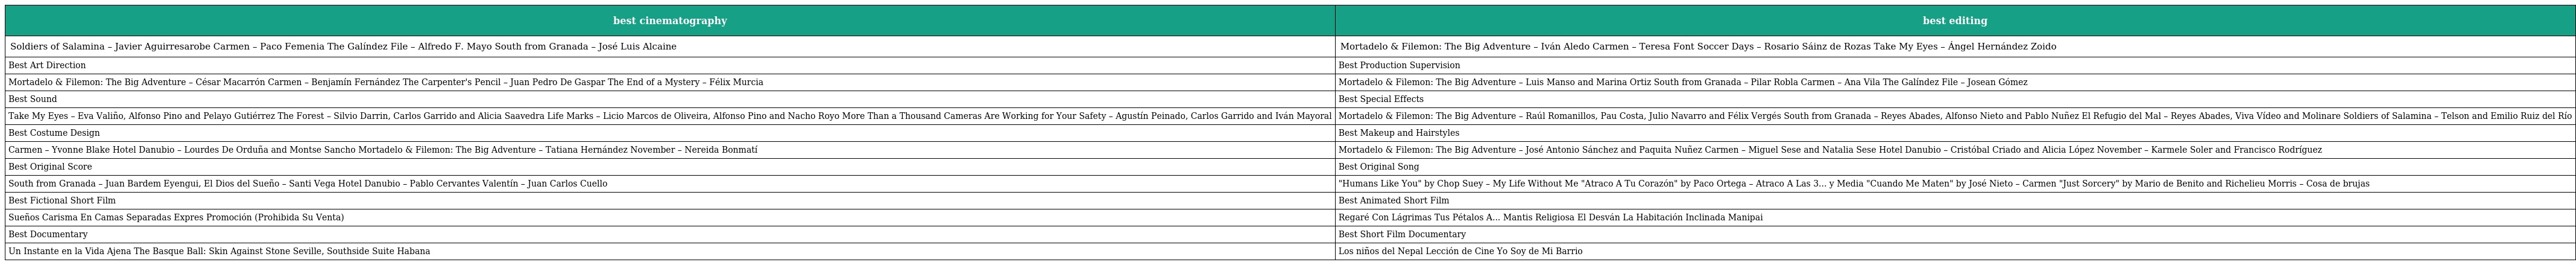
| best cinematography | best editing |
 | --- | --- |
 | Soldiers of Salamina – Javier Aguirresarobe Carmen – Paco Femenia The Galíndez File – Alfredo F. Mayo South from Granada – José Luis Alcaine | Mortadelo & Filemon: The Big Adventure – Iván Aledo Carmen – Teresa Font Soccer Days – Rosario Sáinz de Rozas Take My Eyes – Ángel Hernández Zoido |
 | Best Art Direction | Best Production Supervision |
 | Mortadelo & Filemon: The Big Adventure – César Macarrón Carmen – Benjamín Fernández The Carpenter's Pencil – Juan Pedro De Gaspar The End of a Mystery – Félix Murcia | Mortadelo & Filemon: The Big Adventure – Luis Manso and Marina Ortiz South from Granada – Pilar Robla Carmen – Ana Vila The Galíndez File – Josean Gómez |
 | Best Sound | Best Special Effects |
 | Take My Eyes – Eva Valiño, Alfonso Pino and Pelayo Gutiérrez The Forest – Silvio Darrin, Carlos Garrido and Alicia Saavedra Life Marks – Licio Marcos de Oliveira, Alfonso Pino and Nacho Royo More Than a Thousand Cameras Are Working for Your Safety – Agustín Peinado, Carlos Garrido and Iván Mayoral | Mortadelo & Filemon: The Big Adventure – Raúl Romanillos, Pau Costa, Julio Navarro and Félix Vergés South from Granada – Reyes Abades, Alfonso Nieto and Pablo Nuñez El Refugio del Mal – Reyes Abades, Viva Vídeo and Molinare Soldiers of Salamina – Telson and Emilio Ruiz del Río |
 | Best Costume Design | Best Makeup and Hairstyles |
 | Carmen – Yvonne Blake Hotel Danubio – Lourdes De Orduña and Montse Sancho Mortadelo & Filemon: The Big Adventure – Tatiana Hernández November – Nereida Bonmatí | Mortadelo & Filemon: The Big Adventure – José Antonio Sánchez and Paquita Nuñez Carmen – Miguel Sese and Natalia Sese Hotel Danubio – Cristóbal Criado and Alicia López November – Karmele Soler and Francisco Rodríguez |
 | Best Original Score | Best Original Song |
 | South from Granada – Juan Bardem Eyengui, El Dios del Sueño – Santi Vega Hotel Danubio – Pablo Cervantes Valentín – Juan Carlos Cuello | "Humans Like You" by Chop Suey – My Life Without Me "Atraco A Tu Corazón" by Paco Ortega – Atraco A Las 3... y Media "Cuando Me Maten" by José Nieto – Carmen "Just Sorcery" by Mario de Benito and Richelieu Morris – Cosa de brujas |
 | Best Fictional Short Film | Best Animated Short Film |
 | Sueños Carisma En Camas Separadas Expres Promoción (Prohibida Su Venta) | Regaré Con Lágrimas Tus Pétalos A... Mantis Religiosa El Desván La Habitación Inclinada Manipai |
 | Best Documentary | Best Short Film Documentary |
 | Un Instante en la Vida Ajena The Basque Ball: Skin Against Stone Seville, Southside Suite Habana | Los niños del Nepal Lección de Cine Yo Soy de Mi Barrio |